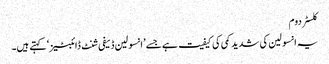
کلسٹر دوم
یہ انسولین کی شدید کمی کی کیفیت ہے جسے ’انسولین ڈیفی شنٹ ڈائبٹیز‘ کہتے ہیں۔